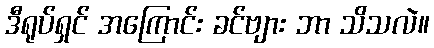
ဒီရုပ်ရှင် အကြောင်း ခင်ဗျား ဘာ သိသလဲ။